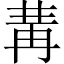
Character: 冓